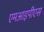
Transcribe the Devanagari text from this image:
एमआइपीएस